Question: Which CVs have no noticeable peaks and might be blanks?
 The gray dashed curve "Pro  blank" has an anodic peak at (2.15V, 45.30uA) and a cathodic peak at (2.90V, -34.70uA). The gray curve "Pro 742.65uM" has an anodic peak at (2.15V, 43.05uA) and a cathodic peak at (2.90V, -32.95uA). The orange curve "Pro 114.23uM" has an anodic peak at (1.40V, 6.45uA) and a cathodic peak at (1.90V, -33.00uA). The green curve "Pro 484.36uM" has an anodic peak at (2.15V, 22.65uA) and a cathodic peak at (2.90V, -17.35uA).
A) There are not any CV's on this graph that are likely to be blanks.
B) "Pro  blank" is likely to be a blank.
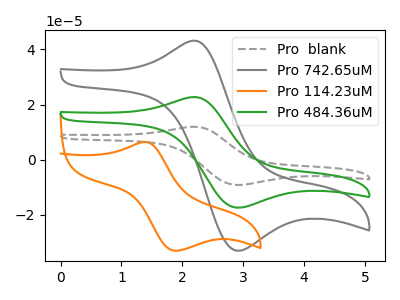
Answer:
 <answer>A) There are not any CV's on this graph that are likely to be blanks.</answer>
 <eval>A</eval>